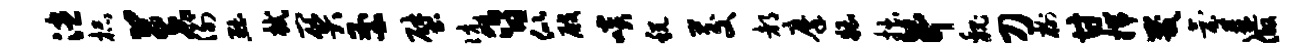
漶杯芙例黜拭关釜壁伉昏似殿啖税茭都摩糟拙升魏刀榭甘揣咒氛遘做